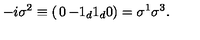
- i \sigma ^ { 2 } \equiv \left( \begin{matrix} { 0 } & { - 1 _ { d } } \\ { 1 _ { d } } & { 0 } \\ \end{matrix} \right) = \sigma ^ { 1 } \sigma ^ { 3 } .